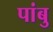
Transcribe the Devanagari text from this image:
पांबु